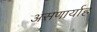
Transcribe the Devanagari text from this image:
असणार्याह